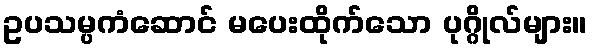
ဥပသမ္ပကံဆောင် မပေးထိုက်သော ပုဂ္ဂိုလ်များ။